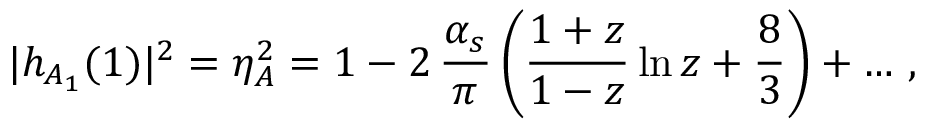
| h _ { A _ { 1 } } ( 1 ) | ^ { 2 } = \eta _ { A } ^ { 2 } = 1 - 2 \, { \frac { \alpha _ { s } } { \pi } } \, \bigg ( { \frac { 1 + z } { 1 - z } } \ln z + \frac 8 3 \bigg ) + \ldots \, ,